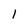
Character: l